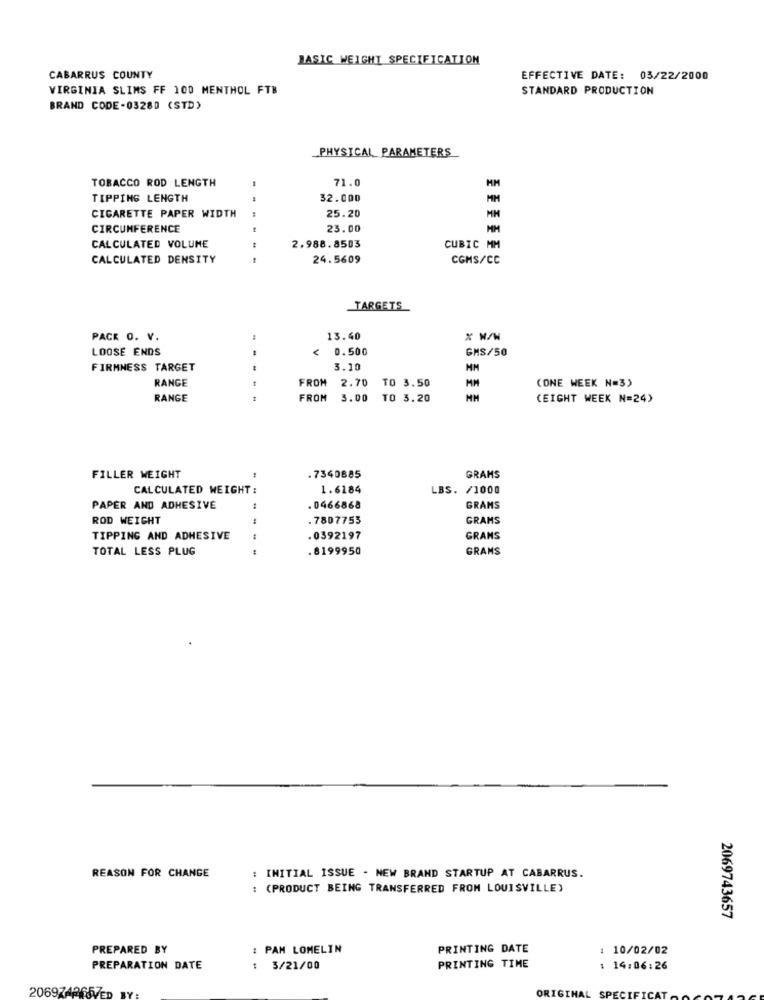
BASIC WEIGHT SPECIFICATION
CABARRUS COUNTY
EFFECTIVE DATE: 03/22/2000
VIRGINIA SLIMS FF 100 MENTHOL FTB
STANDARD PRODUCTION
BRAND CODE-03280 (STD)
_PHYSICAL PARAMETERS
TOBACCO ROD LENGTH
71.0
MM
TIPPING LENGTH
32.000
MM
CIGARETTE PAPER WIDTH
25.20
MH
CIRCUMFERENCE
23.00
MM
CUBIC MM
CALCULATED VOLUME
2.988.8503
CALCULATED DENSITY
---
24.5609
CGMS/CC
TARGETS
PACK O. V.
13.40
% N/W
LOOSE ENDS
< 0.500
GMS/50
FIRMNESS TARGET
3.10
MM
RANGE
FROM
2.70 TO 3.50
MM
(ONE WEEK N=3)
RANGE
FROM
3.00 TO 3.20
(EIGHT WEEK N=24)
FILLER WEIGHT
.7340885
GRAMS
CALCULATED WEIGHT :
1.6184
LBS. /1000
PAPER AND ADHESIVE
:
.0466868
GRAMS
ROD WEIGHT
.7807753
GRAMS
TIPPING AND ADHESIVE
.0392197
GRANS
TOTAL LESS PLUG
.8199950
GRANS
REASON FOR CHANGE
: INITIAL ISSUE - NEW BRAND STARTUP AT CABARRUS.
: (PRODUCT BEING TRANSFERRED FROM LOUISVILLE)
2069743657
PREPARED BY
: PAM LOMELIN
PRINTING DATE
: 10/02/02
PREPARATION DATE
: 3/21/00
PRINTING TIME
: 14:06:26
ORIGIN
2069742657ED